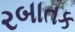
રબાતક